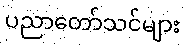
ပညာတော်သင်များ